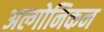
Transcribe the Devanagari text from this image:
अल्गोनिकन